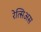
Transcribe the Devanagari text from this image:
रेत्सिअस